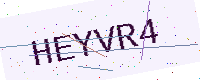
Text: HEYVR4